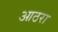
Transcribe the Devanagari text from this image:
आठरा